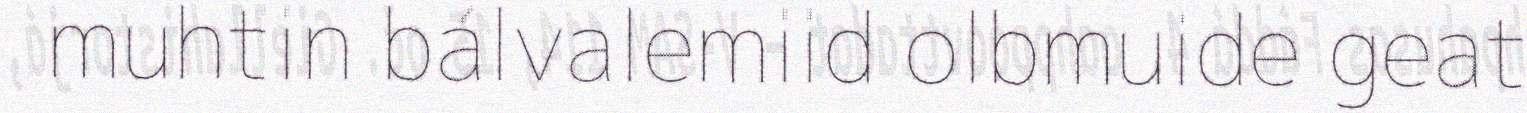
muhtin bálvalemiid olbmuide geat